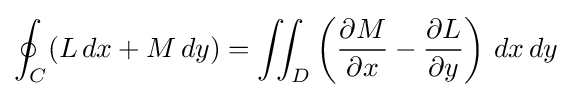
\oint _{C}(L\,dx+M\,dy)=\iint _{D}\left({\frac {\partial M}{\partial x}}-{\frac {\partial L}{\partial y}}\right)\,dx\,dy